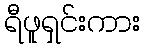
ရီဖူရှင်းကား